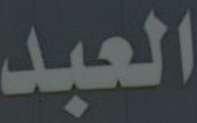
العبد